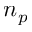
n _ { p }